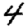
Digit: 4